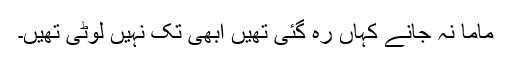
ماما نہ جانے کہاں رہ گئی تھیں ابھی تک نہیں لوٹی تھیں۔